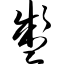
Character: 盏